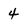
Character: 4